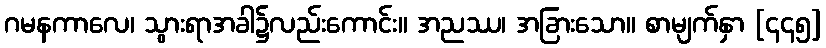
ဂမနကာလေ၊ သွားရာအခါ၌လည်းကောင်း။ အညဿ၊ အခြားသော။ စာမျက်နှာ [၄၄၅]